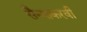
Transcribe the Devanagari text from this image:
सैन्याकरवी